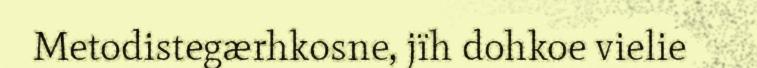
Metodistegærhkosne, jïh dohkoe vielie